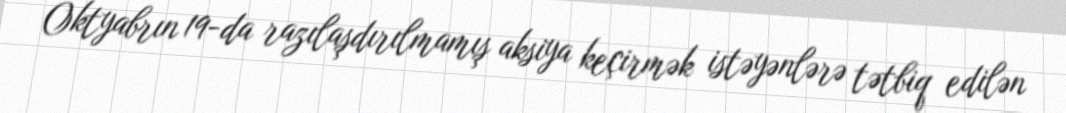
Oktyabrın 19-da razılaşdırılmamış aksiya keçirmək istəyənlərə tətbiq edilən